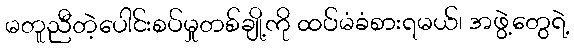
မတူညီတဲ့ပေါင်းစပ်မှုတစ်ချို့ကို ထပ်မံခံစားရမယ်၊ အဖွဲ့တွေရဲ့